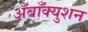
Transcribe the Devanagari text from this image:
अँबाँक्युशन